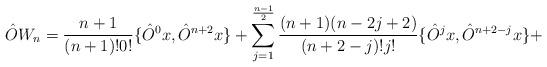
LaTeX: \begin{align*}\hat{O} W_n = \frac{n+1}{(n+1)! 0!} \{ \hat{O}^{0} x, \hat{O}^{n+2} x \}+ \sum^{\frac{n-1}{2}}_{j=1}\frac{(n+1)(n - 2j + 2)}{(n+2-j)! j!} \{ \hat{O}^j x, \hat{O}^{n+2-j}x \}+\end{align*}